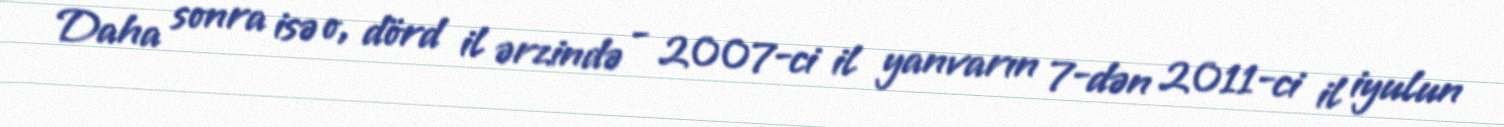
Daha sonra isə o, dörd il ərzində - 2007-ci il yanvarın 7-dən 2011-ci il iyulun